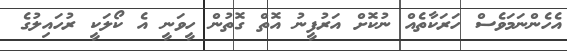
އެހެންނަމަވެސް ހަރަކާތެއް ނުކޮށް އަރުފީނު އޮތް ގޮތުން ހީވަނީ އެ ކޯލަކީ ރުހައިލުގެ